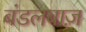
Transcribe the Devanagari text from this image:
बंडलबाज़